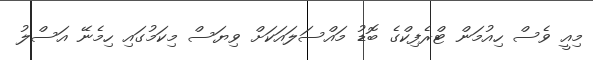
މިއީ ވެސް ހިއުމަން ޓްރެފިކްގެ ބޮޑު މައްސަލައަކަށް ވިޔަސް މިކަމުގައި ހިމެނޭ އަސްލު